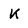
Character: k